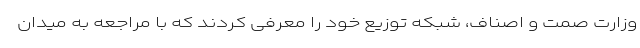
وزارت صمت و اصناف، شبکه توزیع خود را معرفی کردند که با مراجعه به میدان